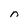
Character: n